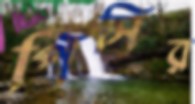
পিসির